[Report on the health of British troops in the Madras command]
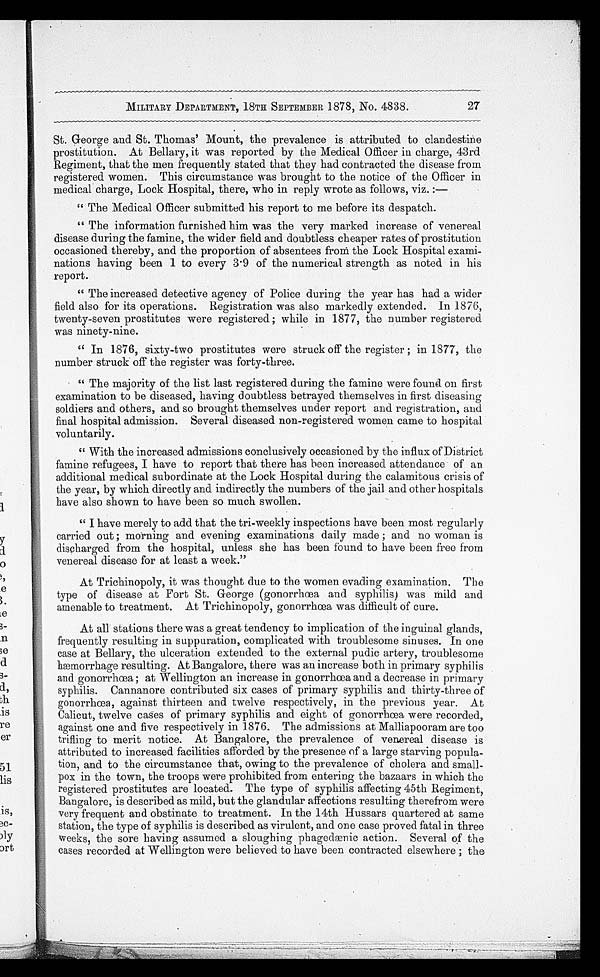
27
MILITARY DEPARTMENT, 18TH SEPTEMBER 1878, No. 4838.
St. George and St. Thomas' Mount, the prevalence is attributed to clandestine
prostitution. At Bellary, it was reported by the Medical Officer in charge, 43rd
Regiment, that the men frequently stated that they had contracted the disease from
registered women. This circumstance was brought to the notice of the Officer in
medical charge, Lock Hospital, there, who in reply wrote as follows, viz. :—
"The Medical Officer submitted his report to me before its despatch.
"The information furnished him was the very marked increase of venereal
disease during the famine, the wider field and doubtless cheaper rates of prostitution
occasioned thereby, and the proportion of absentees from the Lock Hospital exami
-nations having been 1 to every 3.9 of the numerical strength as noted in his
report.
"The increased detective agency of Police during the year has had a wider
field also for its operations. Registration was also markedly extended. In 1876,
twenty-seven prostitutes were registered ; while in 1877, the number registered
was ninety-nine.
"In 1876, sixty-two prostitutes were struck off the register ; in 1877, the
number struck off the register was forty-three.
"The majority of the list last registered during the famine were found on first
examination to be diseased, having doubtless betrayed themselves in first diseasing
soldiers and others, and so brought themselves under report and registration, and
final hospital admission. Several diseased non-registered women came to hospital
voluntarily.
"With the increased admissions conclusively occasioned by the influx of District
famine refugees, I have to report that there has been increased attendance of an
additional medical subordinate at the Lock Hospital during the calamitous crisis of
the year, by which directly and indirectly the numbers of the jail and other hospitals
have also shown to have been so much swollen.
"I have merely to add that the tri-weekly inspections have been most regularly
carried out ; morning and evening examinations daily made ; and no woman is
discharged from the hospital, unless she has been found to have been free from
venereal disease for at least a week."
At Trichinopoly, it was thought due to the women evading examination. The
type of disease at Fort St. George (gonorrhœa and syphilis) was mild and
amenable to treatment. At Trichinopoly, gonorrhœa was difficult of cure.
At all stations there was a great tendency to implication of the inguinal glands,
frequently resulting in suppuration, complicated with troublesome sinuses. In one
case at Bellary, the ulceration extended to the external pudic artery, troublesome
haemorrhage resulting. At Bangalore, there was an increase both in primary syphilis
and gonorrhœa ; at Wellington an increase in gonorrhœa and a decrease in primary
syphilis. Cannanore contributed six cases of primary syphilis and thirty-three of
gonorrhœa, against thirteen and twelve respectively, in the previous year. At
Calicut, twelve cases of primary syphilis and eight of gonorrhœa were recorded,
against one and five respectively in 1876. The admissions at Malliapooram are too
trifling to merit notice. At Bangalore, the prevalence of venereal disease is
attributed to increased facilities afforded by the presence of a large starving popula
-tion, and to the circumstance that, owing to the prevalence of cholera and small
-pox in the town, the troops were prohibited from entering the bazaars in which the
registered prostitutes are located. The type of syphilis affecting 45th Regiment,
Bangalore, is described as mild, but the glandular affections resulting therefrom were
very frequent and obstinate to treatment. In the 14th Hussars quartered at same
station, the type of syphilis is described as virulent, and one case proved fatal in three
weeks, the sore having assumed a sloughing phagedænic action. Several of the
cases recorded at Wellington were believed to have been contracted elsewhere ; the